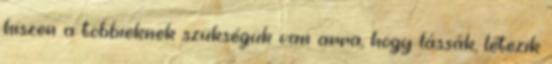
hiszen a többieknek szükségük van arra, hogy lássák, létezik